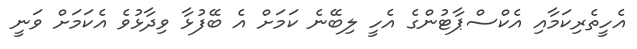
އެހީތެރިކަމާއި އެކްސްޕާޓުންގެ އެހީ ލިބޭނެ ކަމަށް އެ ބޭފުޅާ ވިދާޅުވެ އެކަމަށް ވަނީ